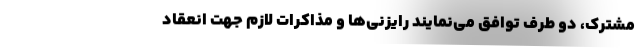
مشترک، دو طرف توافق می‌نمایند رایزنی‌ها و مذاکرات لازم جهت انعقاد